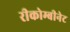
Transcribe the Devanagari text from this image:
रीकोम्बीनेट